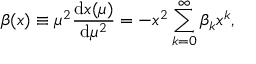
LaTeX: \beta ( x ) \equiv \mu ^ { 2 } \frac { \mathrm { d } x ( \mu ) } { \mathrm { d } \mu ^ { 2 } } = - x ^ { 2 } \sum _ { k = 0 } ^ { \infty } \beta _ { k } x ^ { k } ,